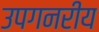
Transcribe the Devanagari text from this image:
उपगनरीय